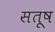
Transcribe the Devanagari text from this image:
सतूष